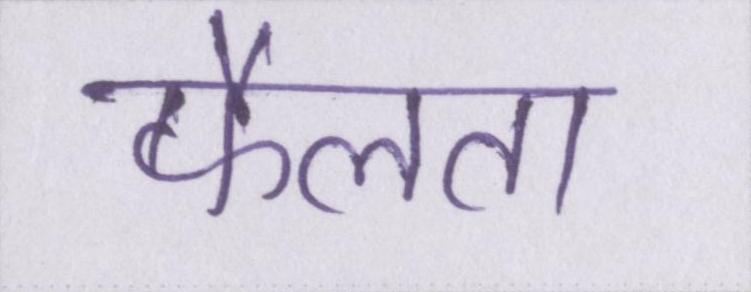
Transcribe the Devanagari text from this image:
फैलता